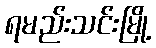
ရမည်းသင်းမြို့